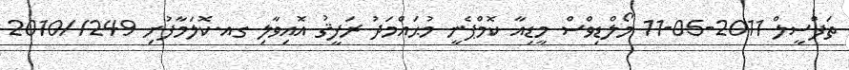
ތަފްސީލް 2011-05-11 މޯލްޑިވްސް މީޑިއާ ކޮމްޕެނީ މުޙައްމަދު ރަފީޤު އޮއިވާލި ގއ.ކޮލަމާފުށި 249//2010